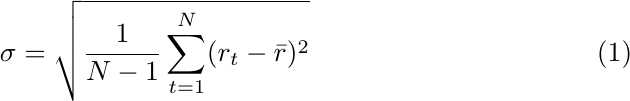
        \begin{equation}
            \sigma = \sqrt{\frac{1}{N-1} \sum_{t=1}^{N} (r_t - \bar{r})^2}
        \end{equation}